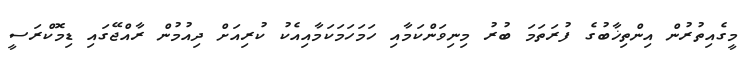
މީގެއިތުރުން އިންތިޚާބުގެ ފުރަތަމަ ބުރު މިނިވަންކަމާއި ހަމަހަމަކަމާއިއެކު ކުރިއަށް ދިއުމުން ރާއްޖޭގައި ޑިމޮކްރަސީ